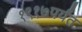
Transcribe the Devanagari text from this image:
१९१७पर्यंत